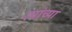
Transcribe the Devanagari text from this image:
त्यांच्या